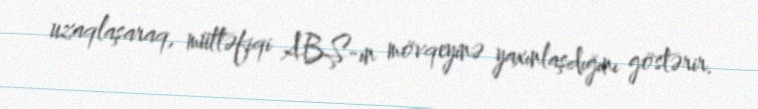
uzaqlaşaraq, müttəfiqi ABŞ-ın mövqeyinə yaxınlaşdığını göstərir.